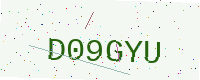
Text: D09GYU